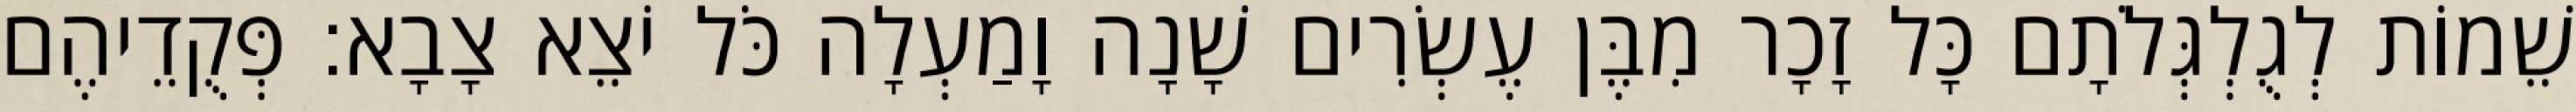
שֵׁמוֹת לְגֻלְגְּלֹתָם כָּל זָכָר מִבֶּן עֶשְׂרִים שָׁנָה וָמַעְלָה כֹּל יֹצֵא צָבָא׃ פְּקֻדֵיהֶם